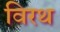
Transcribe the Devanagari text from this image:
विरथ